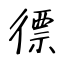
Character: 徱